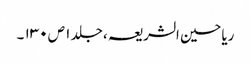
ریاحین الشریعہ ، جلد ۱ ص ۱۳۰ ۔